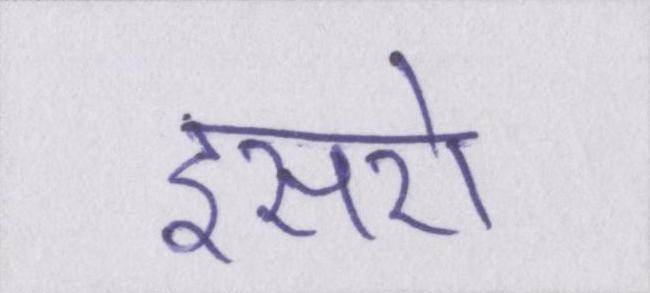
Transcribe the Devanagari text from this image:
इसरो